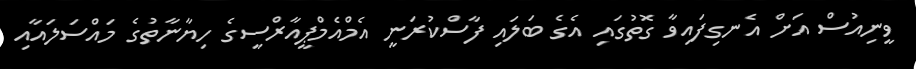
ވީނިއުސް އަށް އެނގިފައިވާ ގޮތުގައި އެގެ ބަލައި ފާސްކުރަނީ އެމްއެމްޕީއާރްސީގެ ހިޔާނާތުގެ މައްސަލައާއި